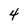
Character: 4